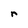
Character: r